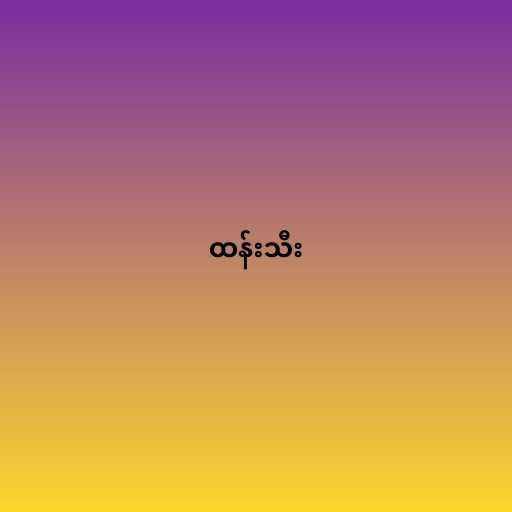
ထန်းသီး